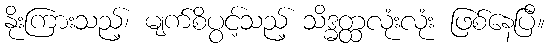
နိုးကြားသည့်၊ မျက်စိပွင့်သည့် သိဒ္ဓတ္ထလုံးလုံး ဖြစ်နေပြီ။